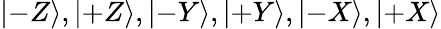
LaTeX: |{-}Z\rangle,|{+}Z\rangle,|{-}Y\rangle,|{+}Y\rangle,|{-}X\rangle,|{+}X\rangle